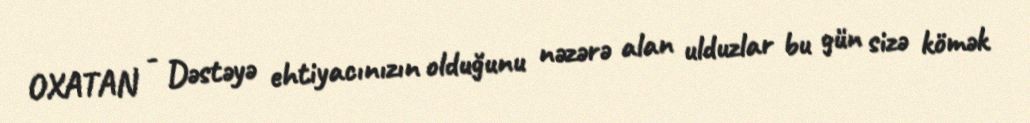
OXATAN - Dəstəyə ehtiyacınızın olduğunu nəzərə alan ulduzlar bu gün sizə kömək